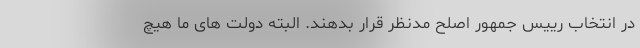
در انتخاب رییس جمهور اصلح مدنظر قرار بدهند. البته دولت های ما هیچ